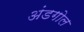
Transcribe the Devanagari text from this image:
अंडगोल